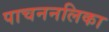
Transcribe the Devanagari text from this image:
पाचननलिका